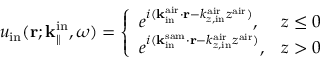
u _ { \mathrm { i n } } ( { \bf r } ; { \bf k } _ { \parallel } ^ { \mathrm { i n } } , \omega ) = \left\{ \begin{array} { l l } { e ^ { i ( { \bf k } _ { \mathrm { i n } } ^ { \mathrm { a i r } } \cdot { \bf r } - k _ { z , \mathrm { i n } } ^ { \mathrm { a i r } } z ^ { \mathrm { a i r } } ) } , } & { z \leq 0 } \\ { e ^ { i ( { \bf k } _ { \mathrm { i n } } ^ { \mathrm { s a m } } \cdot { \bf r } - k _ { z , \mathrm { i n } } ^ { \mathrm { a i r } } z ^ { \mathrm { a i r } } ) } , } & { z > 0 } \end{array} \right.